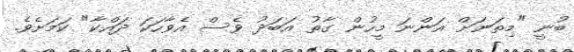
ބުނީ "މިތަނަށް އަންނަ މީހުން ގާތު އަބަދު ވެސް އެވާހަކަ ދައްކާ" ކަމަށެވެ.